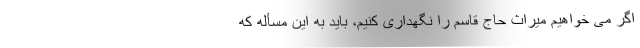
اگر می خواهیم میراث حاج قاسم را نگهداری کنیم، باید به این مسأله که